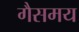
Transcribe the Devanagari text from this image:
गैसमय